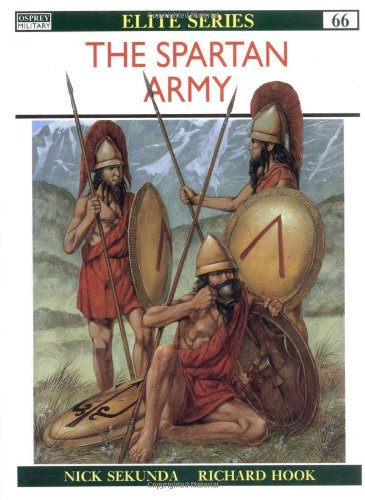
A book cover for The Spartan Army (Elite); Nicholas Sekunda; History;